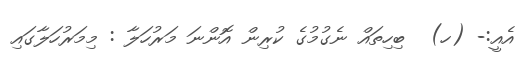
އެއީ:- (ހ)  ބިހިތައް ނެގުމުގެ ކުރިން އޮންނަ މަރުހަލާ : މިމަރުހަލާގައި